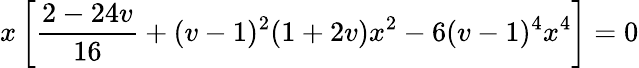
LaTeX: x\left[\frac{2-24v}{16}+(v-1)^{2}(1+2v)x^{2}-6(v-1)^{4}x^{4}\right]=0